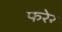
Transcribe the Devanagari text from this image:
फरेर